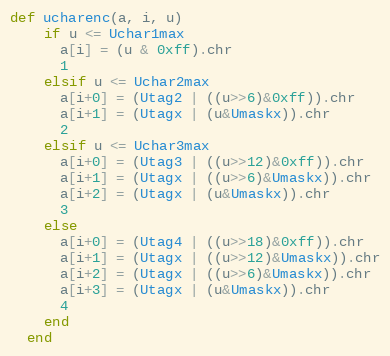
Language: Ruby
def ucharenc(a, i, u)
    if u <= Uchar1max
      a[i] = (u & 0xff).chr
      1
    elsif u <= Uchar2max
      a[i+0] = (Utag2 | ((u>>6)&0xff)).chr
      a[i+1] = (Utagx | (u&Umaskx)).chr
      2
    elsif u <= Uchar3max
      a[i+0] = (Utag3 | ((u>>12)&0xff)).chr
      a[i+1] = (Utagx | ((u>>6)&Umaskx)).chr
      a[i+2] = (Utagx | (u&Umaskx)).chr
      3
    else
      a[i+0] = (Utag4 | ((u>>18)&0xff)).chr
      a[i+1] = (Utagx | ((u>>12)&Umaskx)).chr
      a[i+2] = (Utagx | ((u>>6)&Umaskx)).chr
      a[i+3] = (Utagx | (u&Umaskx)).chr
      4
    end
  end